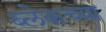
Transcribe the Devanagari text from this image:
ब्लेकच्या